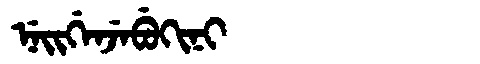
Manchu: ᠨᡝᡳᡤᡝᠨᠵᡝᠪᡠᡴᡳᠨᡳ
Romanization: NEIGENJEBUKINI